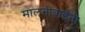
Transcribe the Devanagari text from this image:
मालतीबाईंनी